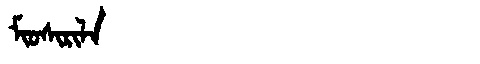
Manchu: ᠮᡳᠣᠰᡳᡵᡳᠯᠠ
Romanization: MIOSIRILA